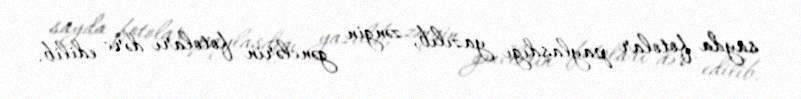
sayda fotolar paylaşdığı yazılıb, zəngin gənclərin fotoları dərc edilib.